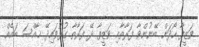
ވަޒީފާ ހޯދަން ބޭނުންވާ ފަރާތާއި ވަޒީފާ ދޭ ފަރާތާ ގުޅުވައިދޭ ޚާއްސަ ބައެއް